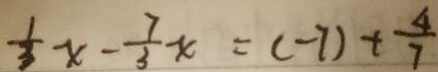
\frac { 1 } { 3 } x - \frac { 7 } { 3 } x = ( - 7 ) + \frac { 4 } { 7 }